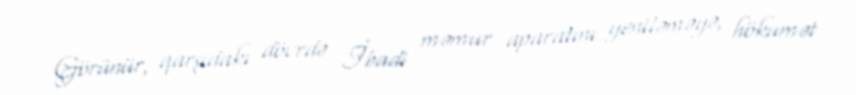
Görünür, qarşıdakı dövrdə İbadi məmur aparatını yeniləməyə, hökumət